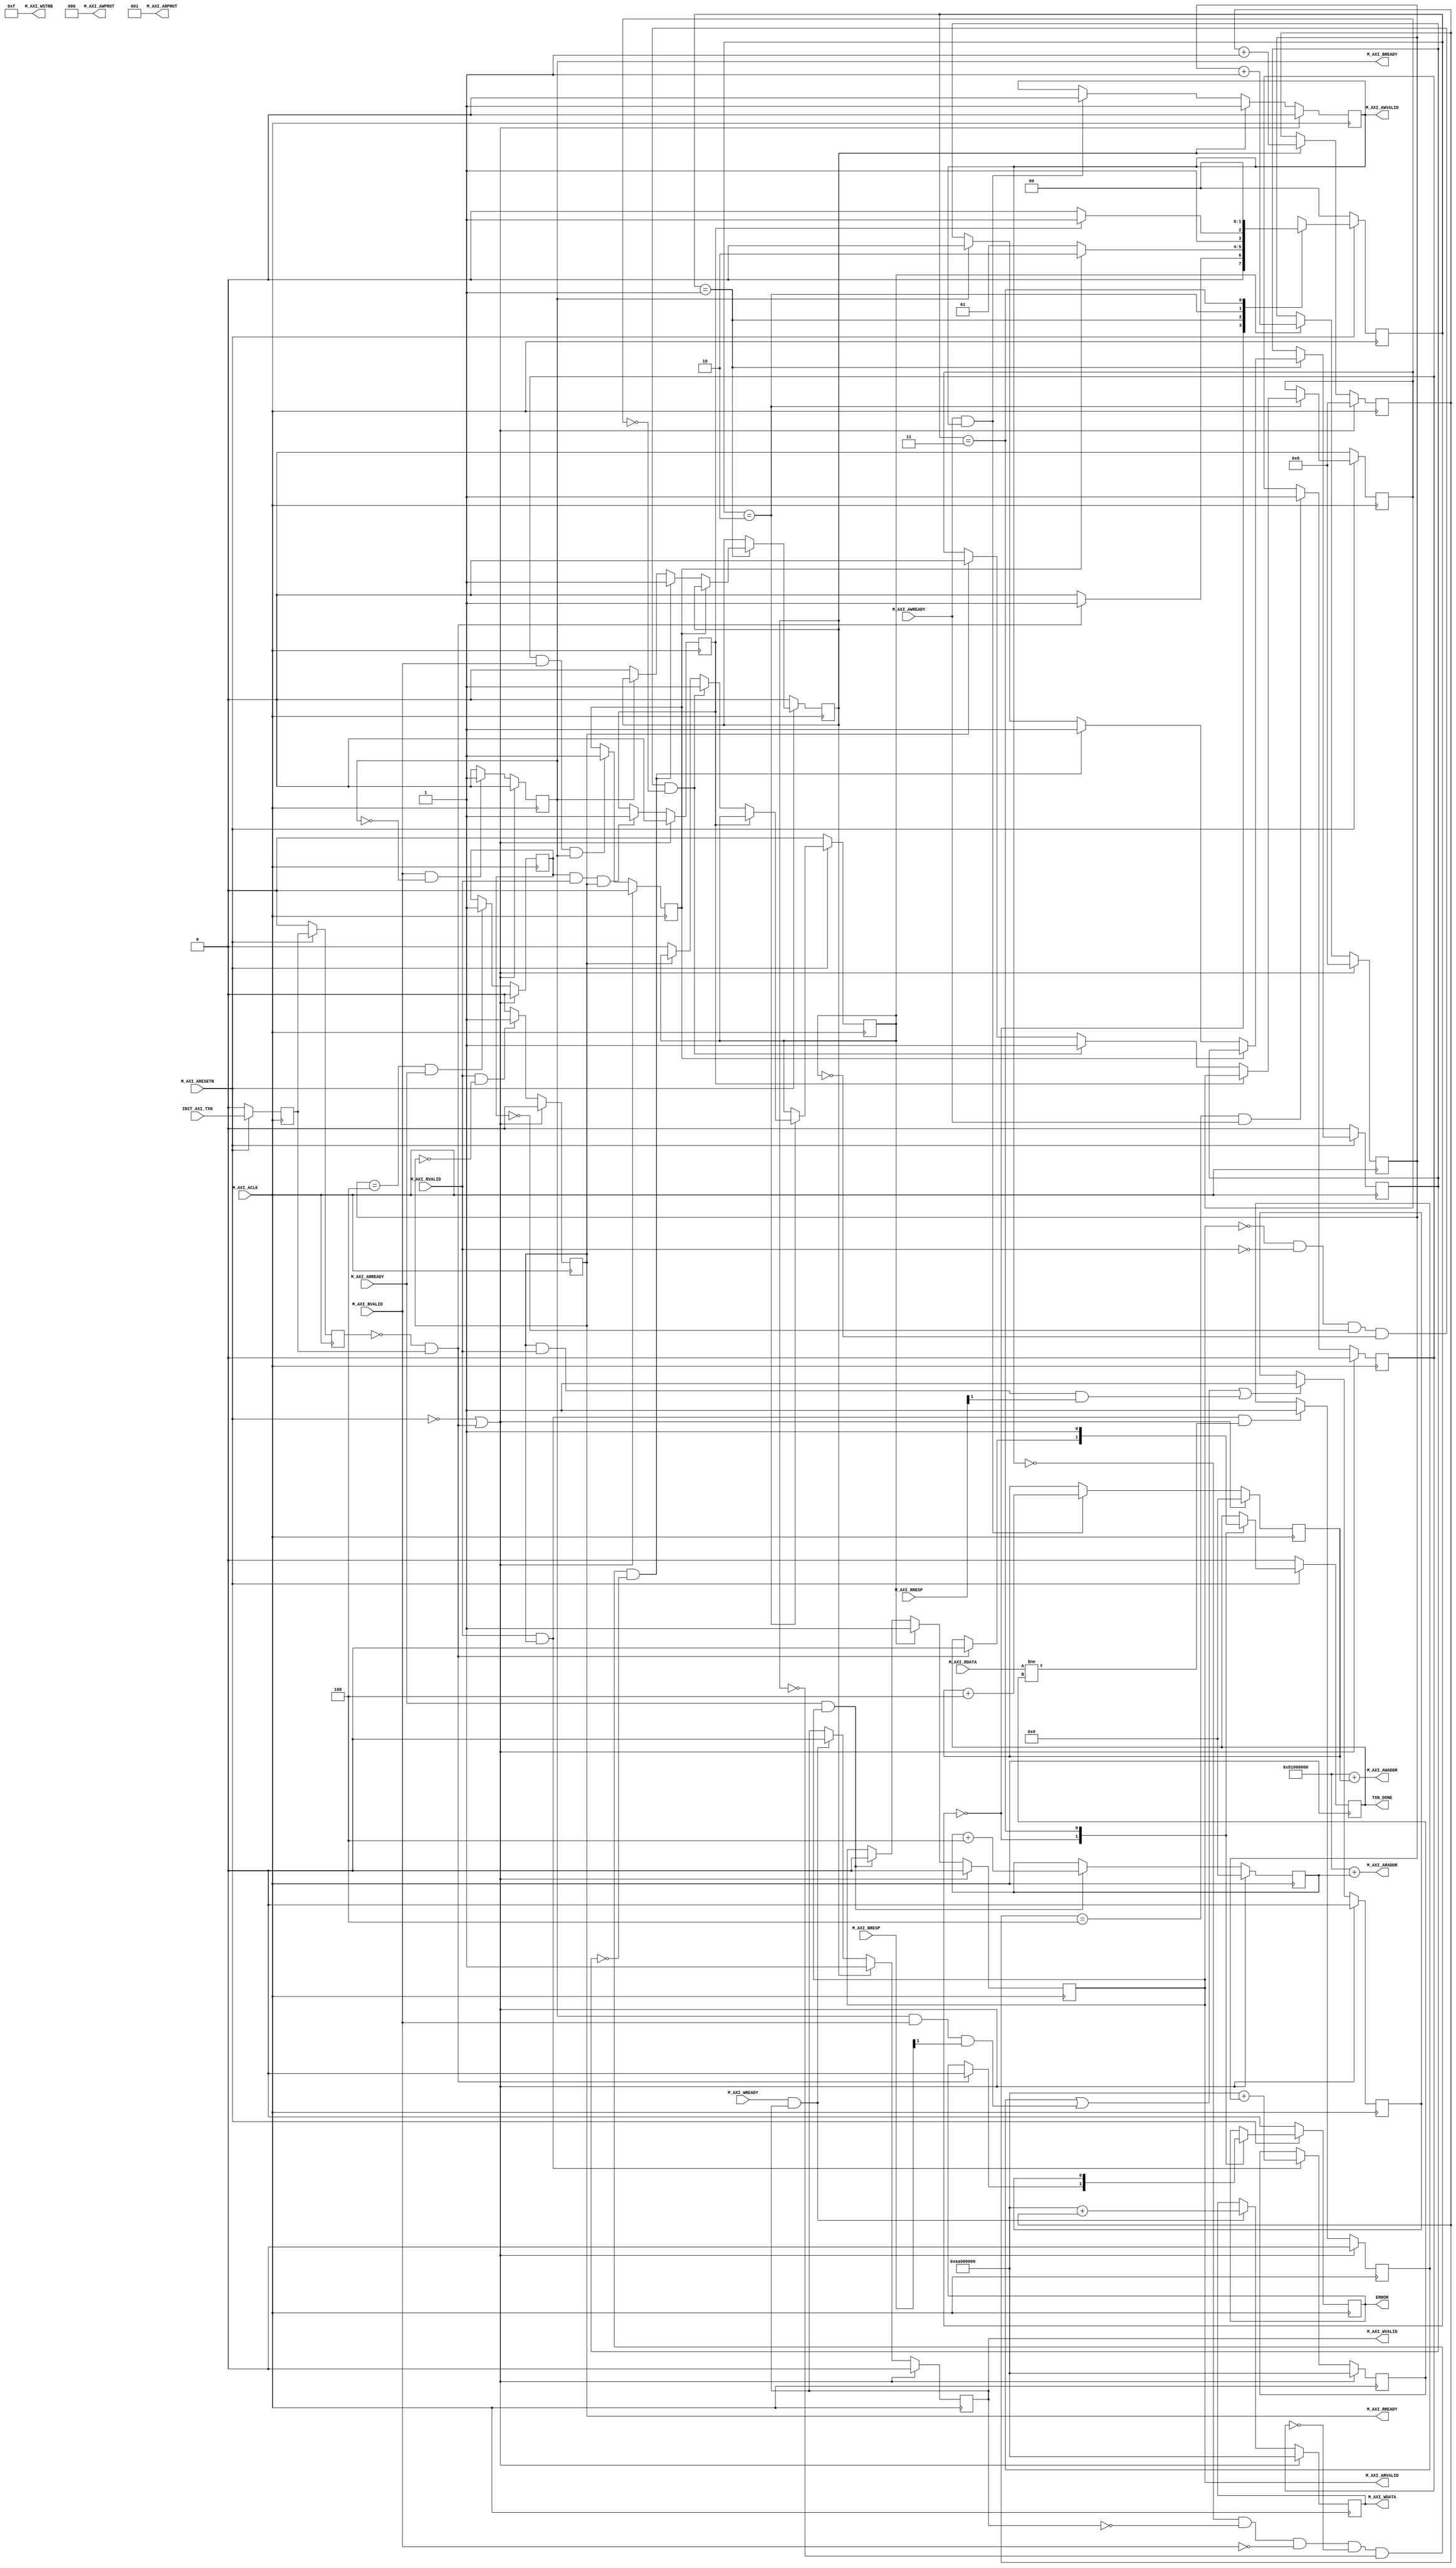

`timescale 1 ns / 1 ps

	module color_detection_v1_0_M00_AXI #
	(
		// Users to add parameters here

		// User parameters ends
		// Do not modify the parameters beyond this line

		// The master will start generating data from the C_M_START_DATA_VALUE value
		parameter  C_M_START_DATA_VALUE	= 32'hAA000000,
		// The master requires a target slave base address.
    // The master will initiate read and write transactions on the slave with base address specified here as a parameter.
		parameter  C_M_TARGET_SLAVE_BASE_ADDR	= 32'h81000000,
		// Width of M_AXI address bus. 
    // The master generates the read and write addresses of width specified as C_M_AXI_ADDR_WIDTH.
		parameter integer C_M_AXI_ADDR_WIDTH	= 32,
		// Width of M_AXI data bus. 
    // The master issues write data and accept read data where the width of the data bus is C_M_AXI_DATA_WIDTH
		parameter integer C_M_AXI_DATA_WIDTH	= 32,
		// Transaction number is the number of write 
    // and read transactions the master will perform as a part of this example memory test.
		parameter integer C_M_TRANSACTIONS_NUM	= 4
	)
	(
		// Users to add ports here

		// User ports ends
		// Do not modify the ports beyond this line

		// Initiate AXI transactions
		input wire  INIT_AXI_TXN,
		// Asserts when ERROR is detected
		output reg  ERROR,
		// Asserts when AXI transactions is complete
		output wire  TXN_DONE,
		// AXI clock signal
		input wire  M_AXI_ACLK,
		// AXI active low reset signal
		input wire  M_AXI_ARESETN,
		// Master Interface Write Address Channel ports. Write address (issued by master)
		output wire [C_M_AXI_ADDR_WIDTH-1 : 0] M_AXI_AWADDR,
		// Write channel Protection type.
    // This signal indicates the privilege and security level of the transaction,
    // and whether the transaction is a data access or an instruction access.
		output wire [2 : 0] M_AXI_AWPROT,
		// Write address valid. 
    // This signal indicates that the master signaling valid write address and control information.
		output wire  M_AXI_AWVALID,
		// Write address ready. 
    // This signal indicates that the slave is ready to accept an address and associated control signals.
		input wire  M_AXI_AWREADY,
		// Master Interface Write Data Channel ports. Write data (issued by master)
		output wire [C_M_AXI_DATA_WIDTH-1 : 0] M_AXI_WDATA,
		// Write strobes. 
    // This signal indicates which byte lanes hold valid data.
    // There is one write strobe bit for each eight bits of the write data bus.
		output wire [C_M_AXI_DATA_WIDTH/8-1 : 0] M_AXI_WSTRB,
		// Write valid. This signal indicates that valid write data and strobes are available.
		output wire  M_AXI_WVALID,
		// Write ready. This signal indicates that the slave can accept the write data.
		input wire  M_AXI_WREADY,
		// Master Interface Write Response Channel ports. 
    // This signal indicates the status of the write transaction.
		input wire [1 : 0] M_AXI_BRESP,
		// Write response valid. 
    // This signal indicates that the channel is signaling a valid write response
		input wire  M_AXI_BVALID,
		// Response ready. This signal indicates that the master can accept a write response.
		output wire  M_AXI_BREADY,
		// Master Interface Read Address Channel ports. Read address (issued by master)
		output wire [C_M_AXI_ADDR_WIDTH-1 : 0] M_AXI_ARADDR,
		// Protection type. 
    // This signal indicates the privilege and security level of the transaction, 
    // and whether the transaction is a data access or an instruction access.
		output wire [2 : 0] M_AXI_ARPROT,
		// Read address valid. 
    // This signal indicates that the channel is signaling valid read address and control information.
		output wire  M_AXI_ARVALID,
		// Read address ready. 
    // This signal indicates that the slave is ready to accept an address and associated control signals.
		input wire  M_AXI_ARREADY,
		// Master Interface Read Data Channel ports. Read data (issued by slave)
		input wire [C_M_AXI_DATA_WIDTH-1 : 0] M_AXI_RDATA,
		// Read response. This signal indicates the status of the read transfer.
		input wire [1 : 0] M_AXI_RRESP,
		// Read valid. This signal indicates that the channel is signaling the required read data.
		input wire  M_AXI_RVALID,
		// Read ready. This signal indicates that the master can accept the read data and response information.
		output wire  M_AXI_RREADY
	);

	// function called clogb2 that returns an integer which has the
	// value of the ceiling of the log base 2

	 function integer clogb2 (input integer bit_depth);
		 begin
		 for(clogb2=0; bit_depth>0; clogb2=clogb2+1)
			 bit_depth = bit_depth >> 1;
		 end
	 endfunction

	// TRANS_NUM_BITS is the width of the index counter for 
	// number of write or read transaction.
	 localparam integer TRANS_NUM_BITS = clogb2(C_M_TRANSACTIONS_NUM-1);
	 localparam integer VX_NUM_BITS = clogb2(320-1);
     localparam integer VY_NUM_BITS = clogb2(240-1);
     localparam integer BX_NUM_BITS = clogb2(32-1);
     localparam integer BY_NUM_BITS = clogb2(24-1);

	// Example State machine to initialize counter, initialize write transactions, 
	// initialize read transactions and comparison of read data with the 
	// written data words.
	parameter [1:0] IDLE = 2'b00, // This state initiates AXI4Lite transaction 
			// after the state machine changes state to INIT_WRITE   
			// when there is 0 to 1 transition on INIT_AXI_TXN
		INIT_WRITE   = 2'b01, // This state initializes write transaction,
			// once writes are done, the state machine 
			// changes state to INIT_READ 
		INIT_READ = 2'b10, // This state initializes read transaction
			// once reads are done, the state machine 
			// changes state to INIT_COMPARE 
		INIT_COMPARE = 2'b11; // This state issues the status of comparison 
			// of the written data with the read data	

	 reg [1:0] mst_exec_state;

	// AXI4LITE signals
	//write address valid
	reg  	axi_awvalid;
	//write data valid
	reg  	axi_wvalid;
	//read address valid
	reg  	axi_arvalid;
	//read data acceptance
	reg  	axi_rready;
	//write response acceptance
	reg  	axi_bready;
	//write address
	reg [C_M_AXI_ADDR_WIDTH-1 : 0] 	axi_awaddr;
	//write data
	reg [C_M_AXI_DATA_WIDTH-1 : 0] 	axi_wdata;
	//read addresss
	reg [C_M_AXI_ADDR_WIDTH-1 : 0] 	axi_araddr;
	//Asserts when there is a write response error
	wire  	write_resp_error;
	//Asserts when there is a read response error
	wire  	read_resp_error;
	//A pulse to initiate a write transaction
	reg  	start_single_write;
	//A pulse to initiate a read transaction
	reg  	start_single_read;
	//Asserts when a single beat write transaction is issued and remains asserted till the completion of write trasaction.
	reg  	write_issued;
	//Asserts when a single beat read transaction is issued and remains asserted till the completion of read trasaction.
	reg  	read_issued;
	//flag that marks the completion of write trasactions. The number of write transaction is user selected by the parameter C_M_TRANSACTIONS_NUM.
	reg  	writes_done;
	//flag that marks the completion of read trasactions. The number of read transaction is user selected by the parameter C_M_TRANSACTIONS_NUM
	reg  	reads_done;
	//The error register is asserted when any of the write response error, read response error or the data mismatch flags are asserted.
	reg  	error_reg;
	//index counter to track the number of write transaction issued
	reg [VX_NUM_BITS : 0] 	write_index;
	//index counter to track the number of read transaction issued
	reg [VX_NUM_BITS : 0] 	read_index;
	//Expected read data used to compare with the read data.
	reg [C_M_AXI_DATA_WIDTH-1 : 0] 	expected_rdata;
	//Flag marks the completion of comparison of the read data with the expected read data
	reg  	compare_done;
	//This flag is asserted when there is a mismatch of the read data with the expected read data.
	reg  	read_mismatch;
	//Flag is asserted when the write index reaches the last write transction number
	reg  	last_write;
	//Flag is asserted when the read index reaches the last read transction number
	reg  	last_read;
	reg  	init_txn_ff;
	reg  	init_txn_ff2;
	reg  	init_txn_edge;
	wire  	init_txn_pulse;


	// I/O Connections assignments

	//Adding the offset address to the base addr of the slave
	assign M_AXI_AWADDR	= C_M_TARGET_SLAVE_BASE_ADDR + axi_awaddr;
	//AXI 4 write data
	assign M_AXI_WDATA	= axi_wdata;
	assign M_AXI_AWPROT	= 3'b000;
	assign M_AXI_AWVALID	= axi_awvalid;
	//Write Data(W)
	assign M_AXI_WVALID	= axi_wvalid;
	//Set all byte strobes in this example
	assign M_AXI_WSTRB	= 4'b1111;
	//Write Response (B)
	assign M_AXI_BREADY	= axi_bready;
	//Read Address (AR)
	assign M_AXI_ARADDR	= C_M_TARGET_SLAVE_BASE_ADDR + axi_araddr;
	assign M_AXI_ARVALID	= axi_arvalid;
	assign M_AXI_ARPROT	= 3'b001;
	//Read and Read Response (R)
	assign M_AXI_RREADY	= axi_rready;
	//Example design I/O
	assign TXN_DONE	= compare_done;
	assign init_txn_pulse	= (!init_txn_ff2) && init_txn_ff;


	//Generate a pulse to initiate AXI transaction.
	always @(posedge M_AXI_ACLK)										      
	  begin                                                                        
	    // Initiates AXI transaction delay    
	    if (M_AXI_ARESETN == 0 )                                                   
	      begin                                                                    
	        init_txn_ff <= 1'b0;                                                   
	        init_txn_ff2 <= 1'b0;                                                   
	      end                                                                               
	    else                                                                       
	      begin  
	        init_txn_ff <= INIT_AXI_TXN;
	        init_txn_ff2 <= init_txn_ff;                                                                 
	      end                                                                      
	  end     


	//--------------------
	//Write Address Channel
	//--------------------

	// The purpose of the write address channel is to request the address and 
	// command information for the entire transaction.  It is a single beat
	// of information.

	// Note for this example the axi_awvalid/axi_wvalid are asserted at the same
	// time, and then each is deasserted independent from each other.
	// This is a lower-performance, but simplier control scheme.

	// AXI VALID signals must be held active until accepted by the partner.

	// A data transfer is accepted by the slave when a master has
	// VALID data and the slave acknoledges it is also READY. While the master
	// is allowed to generated multiple, back-to-back requests by not 
	// deasserting VALID, this design will add rest cycle for
	// simplicity.

	// Since only one outstanding transaction is issued by the user design,
	// there will not be a collision between a new request and an accepted
	// request on the same clock cycle. 

	  always @(posedge M_AXI_ACLK)										      
	  begin                                                                        
	    //Only VALID signals must be deasserted during reset per AXI spec          
	    //Consider inverting then registering active-low reset for higher fmax     
	    if (M_AXI_ARESETN == 0 || init_txn_pulse == 1'b1)                                                   
	      begin                                                                    
	        axi_awvalid <= 1'b0;                                                   
	      end                                                                      
	      //Signal a new address/data command is available by user logic           
	    else                                                                       
	      begin                                                                    
	        if (start_single_write)                                                
	          begin                                                                
	            axi_awvalid <= 1'b1;                                               
	          end                                                                  
	     //Address accepted by interconnect/slave (issue of M_AXI_AWREADY by slave)
	        else if (M_AXI_AWREADY && axi_awvalid)                                 
	          begin                                                                
	            axi_awvalid <= 1'b0;                                               
	          end                                                                  
	      end                                                                      
	  end                                                                          
	                                                                               
	                                                                               
	  // start_single_write triggers a new write                                   
	  // transaction. write_index is a counter to                                  
	  // keep track with number of write transaction                               
	  // issued/initiated                                                          
	  always @(posedge M_AXI_ACLK)                                                 
	  begin                                                                        
	    if (M_AXI_ARESETN == 0 || init_txn_pulse == 1'b1)                                                   
	      begin                                                                    
	        write_index <= 0;                                                      
	      end                                                                      
	      // Signals a new write address/ write data is                            
	      // available by user logic                                               
	    else if (start_single_write)                                               
	      begin                                                                    
	        write_index <= write_index + 1;                                        
	      end                                                                      
	  end                                                                          


	//--------------------
	//Write Data Channel
	//--------------------

	//The write data channel is for transfering the actual data.
	//The data generation is speific to the example design, and 
	//so only the WVALID/WREADY handshake is shown here

	   always @(posedge M_AXI_ACLK)                                        
	   begin                                                                         
	     if (M_AXI_ARESETN == 0  || init_txn_pulse == 1'b1)                                                    
	       begin                                                                     
	         axi_wvalid <= 1'b0;                                                     
	       end                                                                       
	     //Signal a new address/data command is available by user logic              
	     else if (start_single_write)                                                
	       begin                                                                     
	         axi_wvalid <= 1'b1;                                                     
	       end                                                                       
	     //Data accepted by interconnect/slave (issue of M_AXI_WREADY by slave)      
	     else if (M_AXI_WREADY && axi_wvalid)                                        
	       begin                                                                     
	        axi_wvalid <= 1'b0;                                                      
	       end                                                                       
	   end                                                                           


	//----------------------------
	//Write Response (B) Channel
	//----------------------------

	//The write response channel provides feedback that the write has committed
	//to memory. BREADY will occur after both the data and the write address
	//has arrived and been accepted by the slave, and can guarantee that no
	//other accesses launched afterwards will be able to be reordered before it.

	//The BRESP bit [1] is used indicate any errors from the interconnect or
	//slave for the entire write burst. This example will capture the error.

	//While not necessary per spec, it is advisable to reset READY signals in
	//case of differing reset latencies between master/slave.

	  always @(posedge M_AXI_ACLK)                                    
	  begin                                                                
	    if (M_AXI_ARESETN == 0 || init_txn_pulse == 1'b1)                                           
	      begin                                                            
	        axi_bready <= 1'b0;                                            
	      end                                                              
	    // accept/acknowledge bresp with axi_bready by the master          
	    // when M_AXI_BVALID is asserted by slave                          
	    else if (M_AXI_BVALID && ~axi_bready)                              
	      begin                                                            
	        axi_bready <= 1'b1;                                            
	      end                                                              
	    // deassert after one clock cycle                                  
	    else if (axi_bready)                                               
	      begin                                                            
	        axi_bready <= 1'b0;                                            
	      end                                                              
	    // retain the previous value                                       
	    else                                                               
	      axi_bready <= axi_bready;                                        
	  end                                                                  
	                                                                       
	//Flag write errors                                                    
	assign write_resp_error = (axi_bready & M_AXI_BVALID & M_AXI_BRESP[1]);


	//----------------------------
	//Read Address Channel
	//----------------------------

	//start_single_read triggers a new read transaction. read_index is a counter to
	//keep track with number of read transaction issued/initiated

	  always @(posedge M_AXI_ACLK)                                                     
	  begin                                                                            
	    if (M_AXI_ARESETN == 0 || init_txn_pulse == 1'b1)                                                       
	      begin                                                                        
	        read_index <= 0;                                                           
	      end                                                                          
	    // Signals a new read address is                                               
	    // available by user logic                                                     
	    else if (start_single_read)                                                    
	      begin                                                                        
	        read_index <= read_index + 1;                                              
	      end                                                                          
	  end                                                                              
	                                                                                   
	  // A new axi_arvalid is asserted when there is a valid read address              
	  // available by the master. start_single_read triggers a new read                
	  // transaction                                                                   
	  always @(posedge M_AXI_ACLK)                                                     
	  begin                                                                            
	    if (M_AXI_ARESETN == 0 || init_txn_pulse == 1'b1)                                                       
	      begin                                                                        
	        axi_arvalid <= 1'b0;                                                       
	      end                                                                          
	    //Signal a new read address command is available by user logic                 
	    else if (start_single_read)                                                    
	      begin                                                                        
	        axi_arvalid <= 1'b1;                                                       
	      end                                                                          
	    //RAddress accepted by interconnect/slave (issue of M_AXI_ARREADY by slave)    
	    else if (M_AXI_ARREADY && axi_arvalid)                                         
	      begin                                                                        
	        axi_arvalid <= 1'b0;                                                       
	      end                                                                          
	    // retain the previous value                                                   
	  end                                                                              


	//--------------------------------
	//Read Data (and Response) Channel
	//--------------------------------

	//The Read Data channel returns the results of the read request 
	//The master will accept the read data by asserting axi_rready
	//when there is a valid read data available.
	//While not necessary per spec, it is advisable to reset READY signals in
	//case of differing reset latencies between master/slave.

	  always @(posedge M_AXI_ACLK)                                    
	  begin                                                                 
	    if (M_AXI_ARESETN == 0 || init_txn_pulse == 1'b1)                                            
	      begin                                                             
	        axi_rready <= 1'b0;                                             
	      end                                                               
	    // accept/acknowledge rdata/rresp with axi_rready by the master     
	    // when M_AXI_RVALID is asserted by slave                           
	    else if (M_AXI_RVALID && ~axi_rready)                               
	      begin                                                             
	        axi_rready <= 1'b1;                                             
	      end                                                               
	    // deassert after one clock cycle                                   
	    else if (axi_rready)                                                
	      begin                                                             
	        axi_rready <= 1'b0;                                             
	      end                                                               
	    // retain the previous value                                        
	  end                                                                   
	                                                                        
	//Flag write errors                                                     
	assign read_resp_error = (axi_rready & M_AXI_RVALID & M_AXI_RRESP[1]);  


	//--------------------------------
	//User Logic
	//--------------------------------

	//Address/Data Stimulus

	//Address/data pairs for this example. The read and write values should
	//match.
	//Modify these as desired for different address patterns.

	  //Write Addresses                                        
	  always @(posedge M_AXI_ACLK)                                  
	      begin                                                     
	        if (M_AXI_ARESETN == 0  || init_txn_pulse == 1'b1)                                
	          begin                                                 
	            axi_awaddr <= 0;                                    
	          end                                                   
	          // Signals a new write address/ write data is         
	          // available by user logic                            
	        else if (M_AXI_AWREADY && axi_awvalid)                  
	          begin                                                 
	            axi_awaddr <= axi_awaddr + 32'h00000004;            
	                                                                
	          end                                                   
	      end                                                       
	                                                                
	  // Write data generation                                      
	  always @(posedge M_AXI_ACLK)                                  
	      begin                                                     
	        if (M_AXI_ARESETN == 0 || init_txn_pulse == 1'b1 )                                
	          begin                                                 
	            axi_wdata <= C_M_START_DATA_VALUE;                  
	          end                                                   
	        // Signals a new write address/ write data is           
	        // available by user logic                              
	        else if (M_AXI_WREADY && axi_wvalid)                    
	          begin                                                 
	            axi_wdata <= C_M_START_DATA_VALUE + write_index;    
	          end                                                   
	        end          	                                       
	                                                                
	  //Read Addresses                                              
	  always @(posedge M_AXI_ACLK)                                  
	      begin                                                     
	        if (M_AXI_ARESETN == 0  || init_txn_pulse == 1'b1)                                
	          begin                                                 
	            axi_araddr <= 0;                                    
	          end                                                   
	          // Signals a new write address/ write data is         
	          // available by user logic                            
	        else if (M_AXI_ARREADY && axi_arvalid)                  
	          begin                                                 
	            axi_araddr <= axi_araddr + 32'h00000004;            
	          end                                                   
	      end                                                       
	                                                                
	                                                                
	                                                                
	  always @(posedge M_AXI_ACLK)                                  
	      begin                                                     
	        if (M_AXI_ARESETN == 0  || init_txn_pulse == 1'b1)                                
	          begin                                                 
	            expected_rdata <= C_M_START_DATA_VALUE;             
	          end                                                   
	          // Signals a new write address/ write data is         
	          // available by user logic                            
	        else if (M_AXI_RVALID && axi_rready)                    
	          begin                                                 
	            expected_rdata <= C_M_START_DATA_VALUE + read_index;
	          end                                                   
	      end                                                       
	  //implement master command interface state machine                         
	  always @ ( posedge M_AXI_ACLK)                                                    
	  begin                                                                             
	    if (M_AXI_ARESETN == 1'b0)                                                     
	      begin                                                                         
	      // reset condition                                                            
	      // All the signals are assigned default values under reset condition          
	        mst_exec_state  <= IDLE;                                            
	        start_single_write <= 1'b0;                                                 
	        write_issued  <= 1'b0;                                                      
	        start_single_read  <= 1'b0;                                                 
	        read_issued   <= 1'b0;                                                      
	        compare_done  <= 1'b0;                                                      
	        ERROR <= 1'b0;
	      end                                                                           
	    else                                                                            
	      begin                                                                         
	       // state transition                                                          
	        case (mst_exec_state)                                                       
	                                                                                    
	          IDLE:                                                             
	          // This state is responsible to initiate 
	          // AXI transaction when init_txn_pulse is asserted 
	            if ( init_txn_pulse == 1'b1 )                                     
	              begin                                                                 
	                mst_exec_state  <= INIT_WRITE;                                      
	                ERROR <= 1'b0;
	                compare_done <= 1'b0;
	              end                                                                   
	            else                                                                    
	              begin                                                                 
	                mst_exec_state  <= IDLE;                                    
	              end                                                                   
	                                                                                    
	          INIT_WRITE:                                                               
	            // This state is responsible to issue start_single_write pulse to       
	            // initiate a write transaction. Write transactions will be             
	            // issued until last_write signal is asserted.                          
	            // write controller                                                     
	            if (writes_done)                                                        
	              begin                                                                 
	                mst_exec_state <= INIT_READ;//                                      
	              end                                                                   
	            else                                                                    
	              begin                                                                 
	                mst_exec_state  <= INIT_WRITE;                                      
	                                                                                    
	                  if (~axi_awvalid && ~axi_wvalid && ~M_AXI_BVALID && ~last_write && ~start_single_write && ~write_issued)
	                    begin                                                           
	                      start_single_write <= 1'b1;                                   
	                      write_issued  <= 1'b1;                                        
	                    end                                                             
	                  else if (axi_bready)                                              
	                    begin                                                           
	                      write_issued  <= 1'b0;                                        
	                    end                                                             
	                  else                                                              
	                    begin                                                           
	                      start_single_write <= 1'b0; //Negate to generate a pulse      
	                    end                                                             
	              end                                                                   
	                                                                                    
	          INIT_READ:                                                                
	            // This state is responsible to issue start_single_read pulse to        
	            // initiate a read transaction. Read transactions will be               
	            // issued until last_read signal is asserted.                           
	             // read controller                                                     
	             if (reads_done)                                                        
	               begin                                                                
	                 mst_exec_state <= INIT_COMPARE;                                    
	               end                                                                  
	             else                                                                   
	               begin                                                                
	                 mst_exec_state  <= INIT_READ;                                      
	                                                                                    
	                 if (~axi_arvalid && ~M_AXI_RVALID && ~last_read && ~start_single_read && ~read_issued)
	                   begin                                                            
	                     start_single_read <= 1'b1;                                     
	                     read_issued  <= 1'b1;                                          
	                   end                                                              
	                 else if (axi_rready)                                               
	                   begin                                                            
	                     read_issued  <= 1'b0;                                          
	                   end                                                              
	                 else                                                               
	                   begin                                                            
	                     start_single_read <= 1'b0; //Negate to generate a pulse        
	                   end                                                              
	               end                                                                  
	                                                                                    
	           INIT_COMPARE:                                                            
	             begin
	                 // This state is responsible to issue the state of comparison          
	                 // of written data with the read data. If no error flags are set,      
	                 // compare_done signal will be asseted to indicate success.            
	                 ERROR <= error_reg; 
	                 mst_exec_state <= IDLE;                                    
	                 compare_done <= 1'b1;                                              
	             end                                                                  
	           default :                                                                
	             begin                                                                  
	               mst_exec_state  <= IDLE;                                     
	             end                                                                    
	        endcase                                                                     
	    end                                                                             
	  end //MASTER_EXECUTION_PROC                                                       
	                                                                                    
	  //Terminal write count                                                            
	                                                                                    
	  always @(posedge M_AXI_ACLK)                                                      
	  begin                                                                             
	    if (M_AXI_ARESETN == 0 || init_txn_pulse == 1'b1)                                                         
	      last_write <= 1'b0;                                                           
	                                                                                    
	    //The last write should be associated with a write address ready response       
	    else if ((write_index == C_M_TRANSACTIONS_NUM) && M_AXI_AWREADY)                
	      last_write <= 1'b1;                                                           
	    else                                                                            
	      last_write <= last_write;                                                     
	  end                                                                               
	                                                                                    
	  //Check for last write completion.                                                
	                                                                                    
	  //This logic is to qualify the last write count with the final write              
	  //response. This demonstrates how to confirm that a write has been                
	  //committed.                                                                      
	                                                                                    
	  always @(posedge M_AXI_ACLK)                                                      
	  begin                                                                             
	    if (M_AXI_ARESETN == 0 || init_txn_pulse == 1'b1)                                                         
	      writes_done <= 1'b0;                                                          
	                                                                                    
	      //The writes_done should be associated with a bready response                 
	    else if (last_write && M_AXI_BVALID && axi_bready)                              
	      writes_done <= 1'b1;                                                          
	    else                                                                            
	      writes_done <= writes_done;                                                   
	  end                                                                               
	                                                                                    
	//------------------                                                                
	//Read example                                                                      
	//------------------                                                                
	                                                                                    
	//Terminal Read Count                                                               
	                                                                                    
	  always @(posedge M_AXI_ACLK)                                                      
	  begin                                                                             
	    if (M_AXI_ARESETN == 0 || init_txn_pulse == 1'b1)                                                         
	      last_read <= 1'b0;                                                            
	                                                                                    
	    //The last read should be associated with a read address ready response         
	    else if ((read_index == C_M_TRANSACTIONS_NUM) && (M_AXI_ARREADY) )              
	      last_read <= 1'b1;                                                            
	    else                                                                            
	      last_read <= last_read;                                                       
	  end                                                                               
	                                                                                    
	/*                                                                                  
	 Check for last read completion.                                                    
	                                                                                    
	 This logic is to qualify the last read count with the final read                   
	 response/data.                                                                     
	 */                                                                                 
	  always @(posedge M_AXI_ACLK)                                                      
	  begin                                                                             
	    if (M_AXI_ARESETN == 0 || init_txn_pulse == 1'b1)                                                         
	      reads_done <= 1'b0;                                                           
	                                                                                    
	    //The reads_done should be associated with a read ready response                
	    else if (last_read && M_AXI_RVALID && axi_rready)                               
	      reads_done <= 1'b1;                                                           
	    else                                                                            
	      reads_done <= reads_done;                                                     
	    end                                                                             
	                                                                                    
	//-----------------------------                                                     
	//Example design error register                                                     
	//-----------------------------                                                     
	                                                                                    
	//Data Comparison                                                                   
	  always @(posedge M_AXI_ACLK)                                                      
	  begin                                                                             
	    if (M_AXI_ARESETN == 0  || init_txn_pulse == 1'b1)                                                         
	    read_mismatch <= 1'b0;                                                          
	                                                                                    
	    //The read data when available (on axi_rready) is compared with the expected data
	    else if ((M_AXI_RVALID && axi_rready) && (M_AXI_RDATA != expected_rdata))         
	      read_mismatch <= 1'b1;                                                        
	    else                                                                            
	      read_mismatch <= read_mismatch;                                               
	  end                                                                               
	                                                                                    
	// Register and hold any data mismatches, or read/write interface errors            
	  always @(posedge M_AXI_ACLK)                                                      
	  begin                                                                             
	    if (M_AXI_ARESETN == 0  || init_txn_pulse == 1'b1)                                                         
	      error_reg <= 1'b0;                                                            
	                                                                                    
	    //Capture any error types                                                       
	    else if (read_mismatch || write_resp_error || read_resp_error)                  
	      error_reg <= 1'b1;                                                            
	    else                                                                            
	      error_reg <= error_reg;                                                       
	  end                                                                               
	// Add user logic here

	// User logic ends

	endmodule